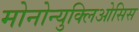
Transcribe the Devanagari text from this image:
मोनोन्युक्लिओसिस